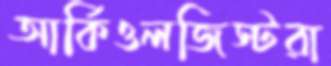
আর্কিওলজিস্টরা